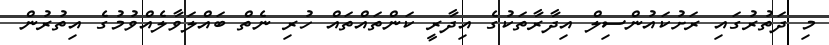
މި ދަތުރުގައި ރަށުކައުންސިލް އިދާރާތަކުގެ އިދާރީ ކަންތައްތައް ހުރި ނެތް ބައްލަވާލެއްވުމުގެ އިތުރުން